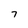
Character: 7